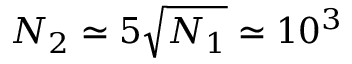
N _ { 2 } \simeq 5 \sqrt { N _ { 1 } } \simeq 1 0 ^ { 3 }